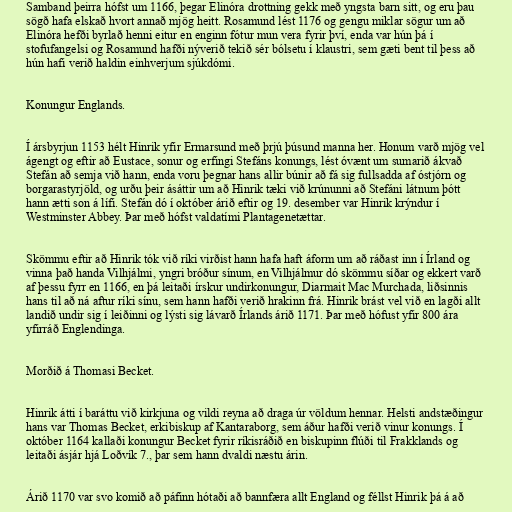
Samband þeirra hófst um 1166, þegar Elinóra drottning gekk með yngsta barn sitt, og eru þau
sögð hafa elskað hvort annað mjög heitt. Rosamund lést 1176 og gengu miklar sögur um að
Elinóra hefði byrlað henni eitur en enginn fótur mun vera fyrir því, enda var hún þá í
stofufangelsi og Rosamund hafði nýverið tekið sér bólsetu í klaustri, sem gæti bent til þess að
hún hafi verið haldin einhverjum sjúkdómi.

Konungur Englands.

Í ársbyrjun 1153 hélt Hinrik yfir Ermarsund með þrjú þúsund manna her. Honum varð mjög vel
ágengt og eftir að Eustace, sonur og erfingi Stefáns konungs, lést óvænt um sumarið ákvað
Stefán að semja við hann, enda voru þegnar hans allir búnir að fá sig fullsadda af óstjórn og
borgarastyrjöld, og urðu þeir ásáttir um að Hinrik tæki við krúnunni að Stefáni látnum þótt
hann ætti son á lífi. Stefán dó í október árið eftir og 19. desember var Hinrik krýndur í
Westminster Abbey. Þar með hófst valdatími Plantagenetættar.

Skömmu eftir að Hinrik tók við ríki virðist hann hafa haft áform um að ráðast inn í Írland og
vinna það handa Vilhjálmi, yngri bróður sínum, en Vilhjálmur dó skömmu síðar og ekkert varð
af þessu fyrr en 1166, en þá leitaði írskur undirkonungur, Diarmait Mac Murchada, liðsinnis
hans til að ná aftur ríki sínu, sem hann hafði verið hrakinn frá. Hinrik brást vel við en lagði allt
landið undir sig í leiðinni og lýsti sig lávarð Írlands árið 1171. Þar með hófust yfir 800 ára
yfirráð Englendinga.

Morðið á Thomasi Becket.

Hinrik átti í baráttu við kirkjuna og vildi reyna að draga úr völdum hennar. Helsti andstæðingur
hans var Thomas Becket, erkibiskup af Kantaraborg, sem áður hafði verið vinur konungs. Í
október 1164 kallaði konungur Becket fyrir ríkisráðið en biskupinn flúði til Frakklands og
leitaði ásjár hjá Loðvík 7., þar sem hann dvaldi næstu árin.

Árið 1170 var svo komið að páfinn hótaði að bannfæra allt England og féllst Hinrik þá á að